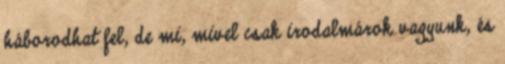
háborodhat fel, de mi, mivel csak irodalmárok vagyunk, és